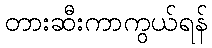
တားဆီးကာကွယ်ရန်